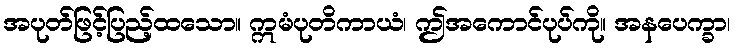
အပုတ်ဖြင့်ပြည့်ထသော။ ဣမံပုတိကာယံ၊ ဤအကောင်ပုပ်ကို။ အနပေက္ခာ၊